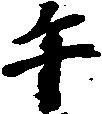
午